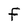
Character: F